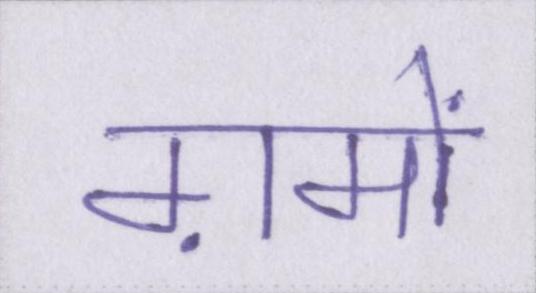
ग़मों